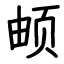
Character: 𬱖